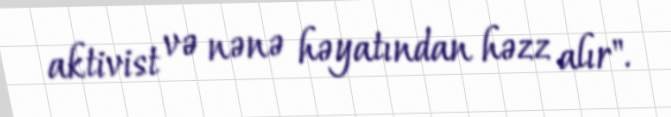
aktivist və nənə həyatından həzz alır".